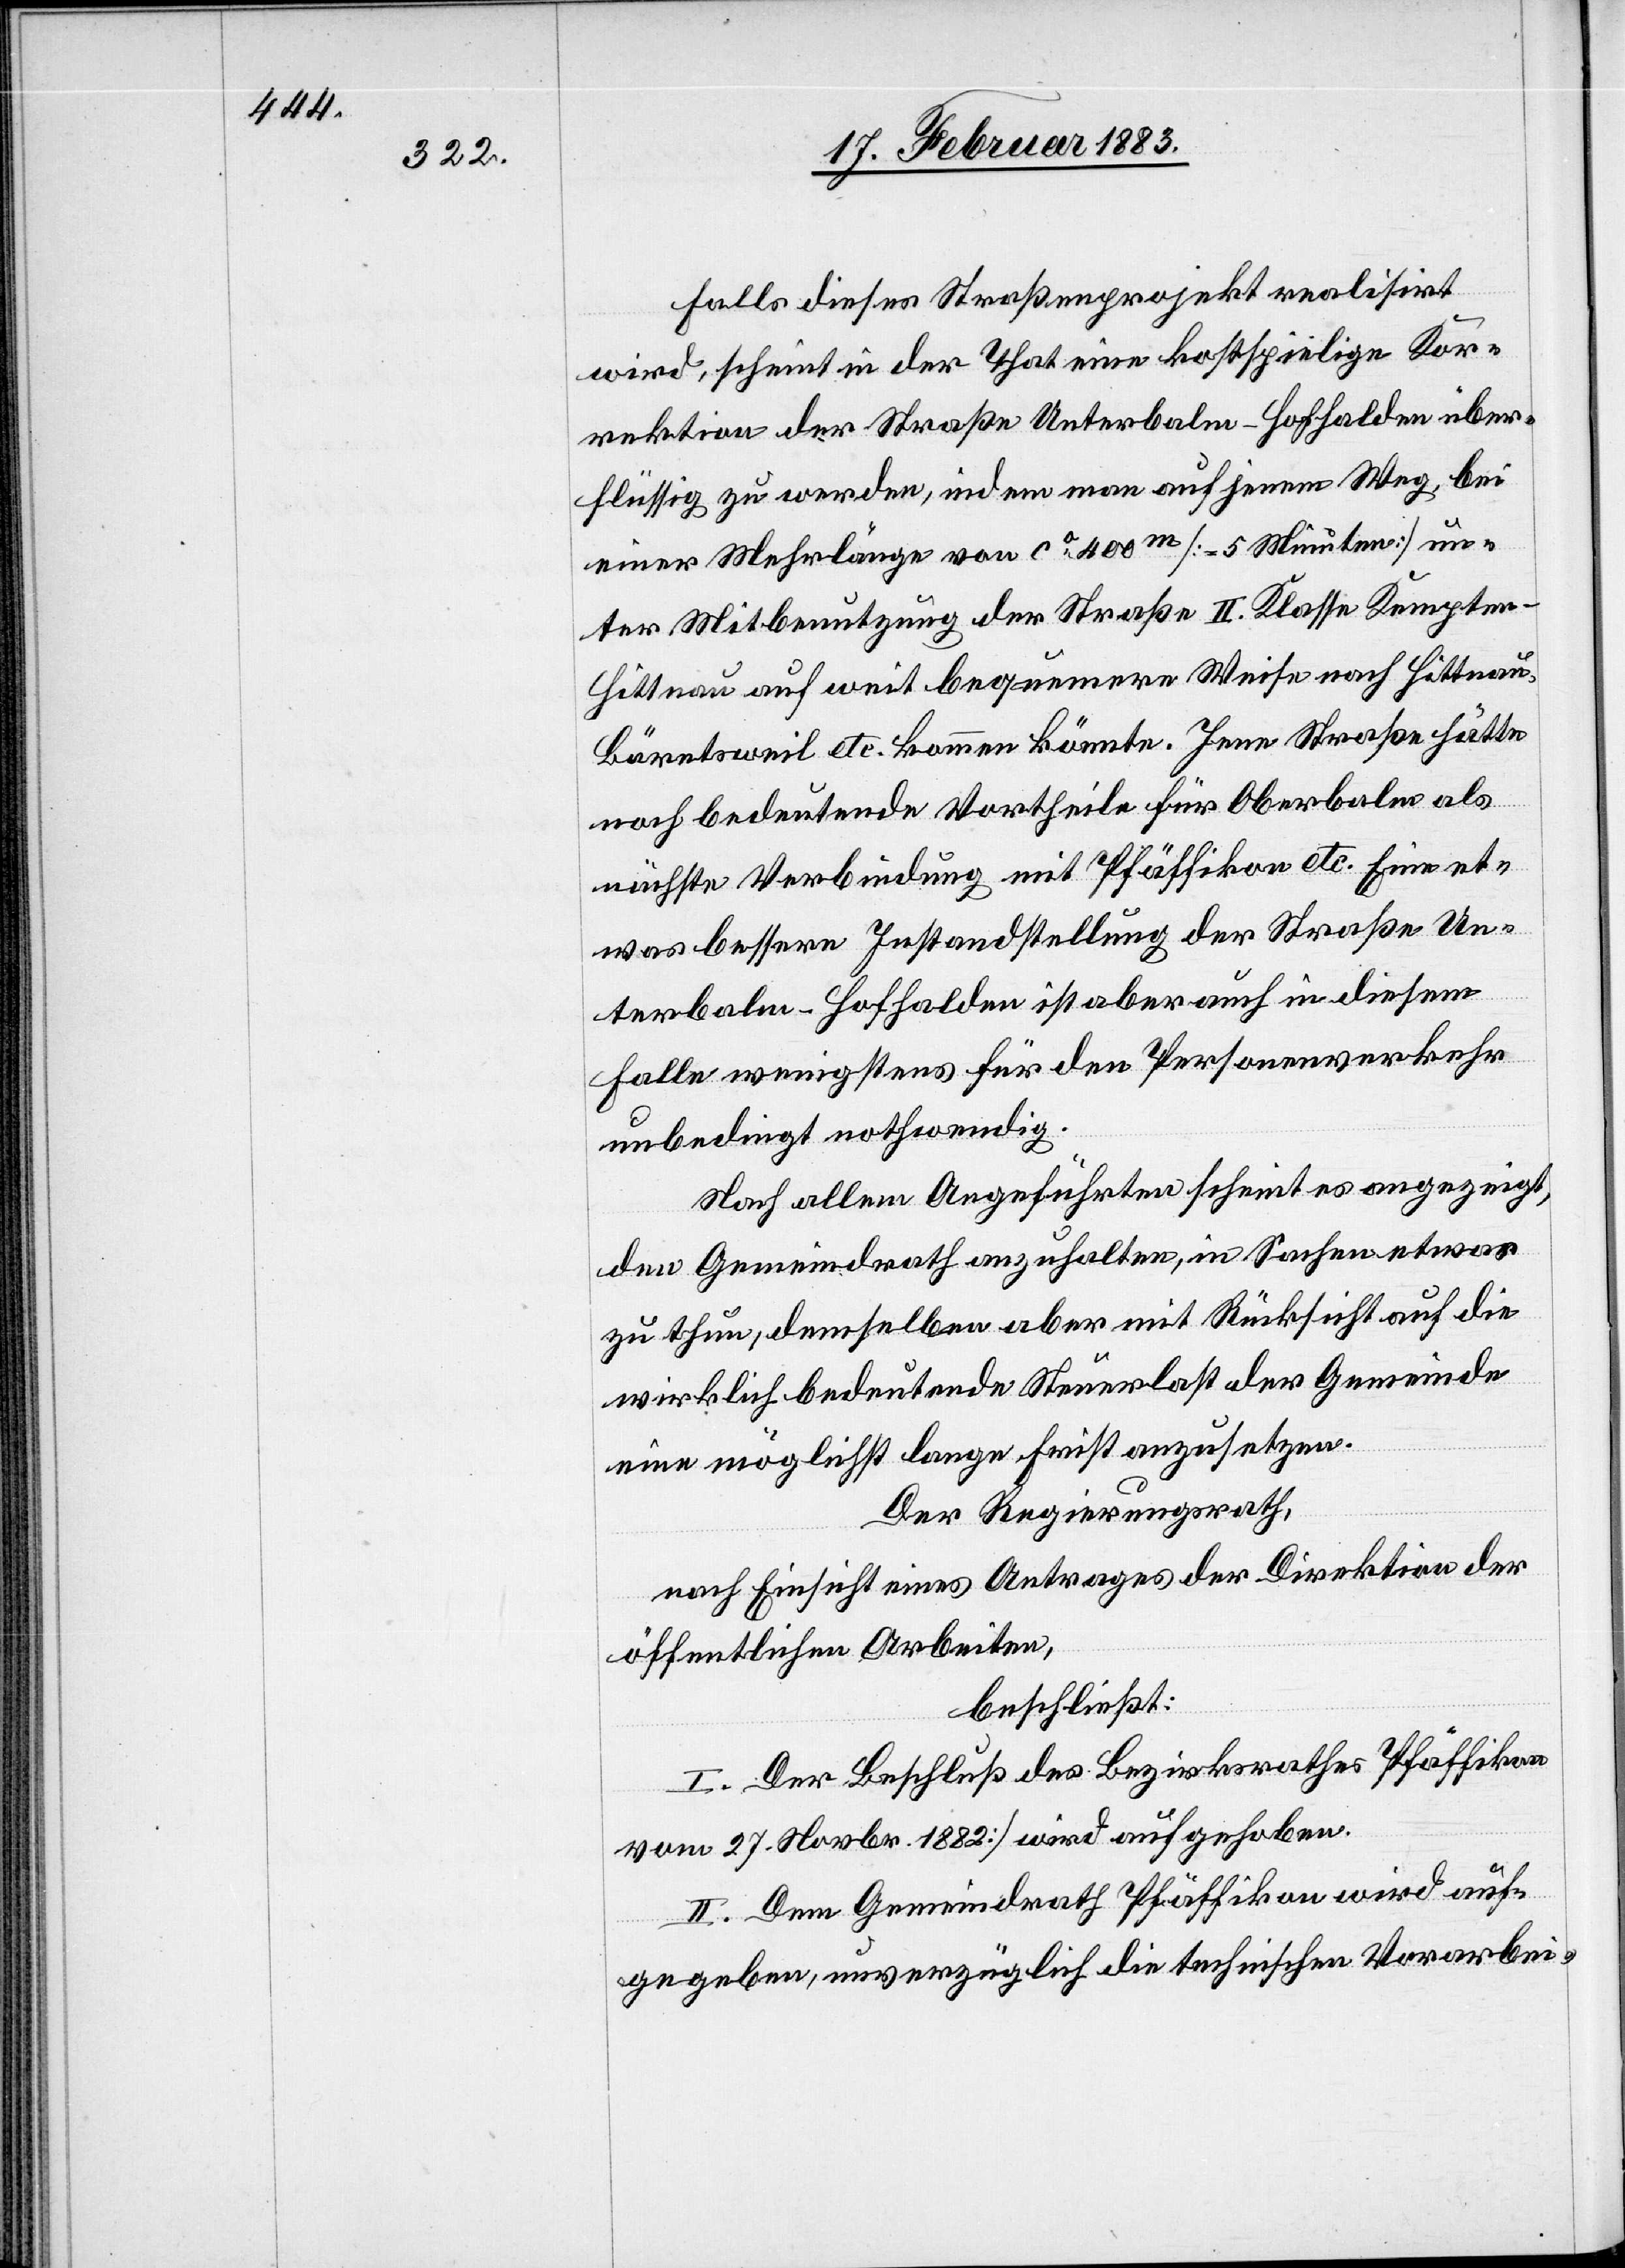
Falls dieses Straßenprojekt realisirt
wird, scheint in der That eine kostspielige Kor¬
rektion der Straße Unterbalm–Hofhalden über¬
flüssig zu werden, indem man auf jenem Weg, bei
einer Mehrlänge von ca 400m [= 5 Minuten] un¬
ter Mitbenutzung der Straße II. Klasse Kempten–H¬
ittnau auf weit bequemere Weise nach Hittnau,
Bäretsweil etc. kommen könnte. Jene Straße hätte
noch bedeutende Vortheile für Oberbalm als
nächste Verbindung mit Pfäffikon etc. Eine et¬
was bessere Instandstellung der Straße Un¬
terbalm–Hofhalden ist aber auch in diesem
Falle wenigstens für den Personenverkehr
unbedingt nothwendig.
Nach allem Angeführten scheint es angezeigt,
den Gemeindrath anzuhalten, in Sachen etwas
zu thun, demselben aber mit Rücksicht auf die
wirklich bedeutende Steuerlast der Gemeinde
eine möglichst lange Frist anzusetzen.
Der Regierungsrath,
nach Einsicht eines Antrages der Direktion der
öffentlichen Arbeiten,
beschließt:
I. Der Beschluß des Bezirksrathes Pfäffikon
vom 27. Novbr. 1882 wird aufgehoben.
II. Dem Gemeindrath Pfäffikon wird auf¬
gegeben, unverzüglich die technischen Vorarbei-